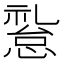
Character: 𱟅